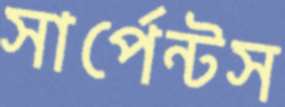
সার্পেন্টস